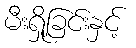
မီးရှို့ခြင်းနှင့်